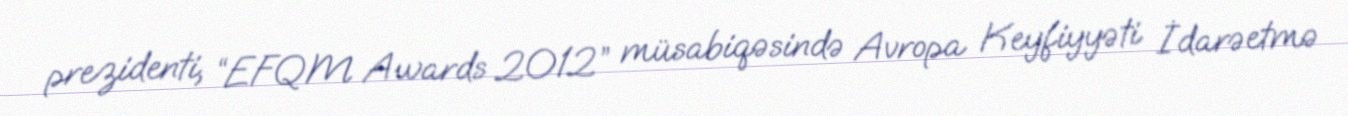
prezidenti, “EFQM Awards 2012” müsabiqəsində Avropa Keyfiyyəti İdarəetmə